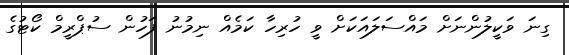
ގިނަ ވަކީލުންނަށް މައްސަލައަކަށް ވީ ހުރިހާ ކަމެއް ނިމުނު ފަހުން ސުޕްރީމް ކޯޓުގެ